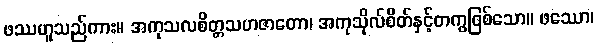
ဖဿဟူသည်ကား။ အကုသလစိတ္တသဟဇာတော၊ အကုသိုလ်စိတ်နှင့်တကွဖြစ်သော။ ဖဿော၊